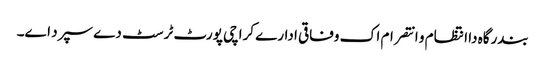
بندرگاہ دا انتظام و انتصرام اک وفاقی ادارے کراچی پورٹ ٹرسٹ دے سپرد ا‏‏ے۔